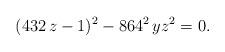
LaTeX: \begin{align*}(432\,z-1)^2-864^2\,yz^2=0. \end{align*}